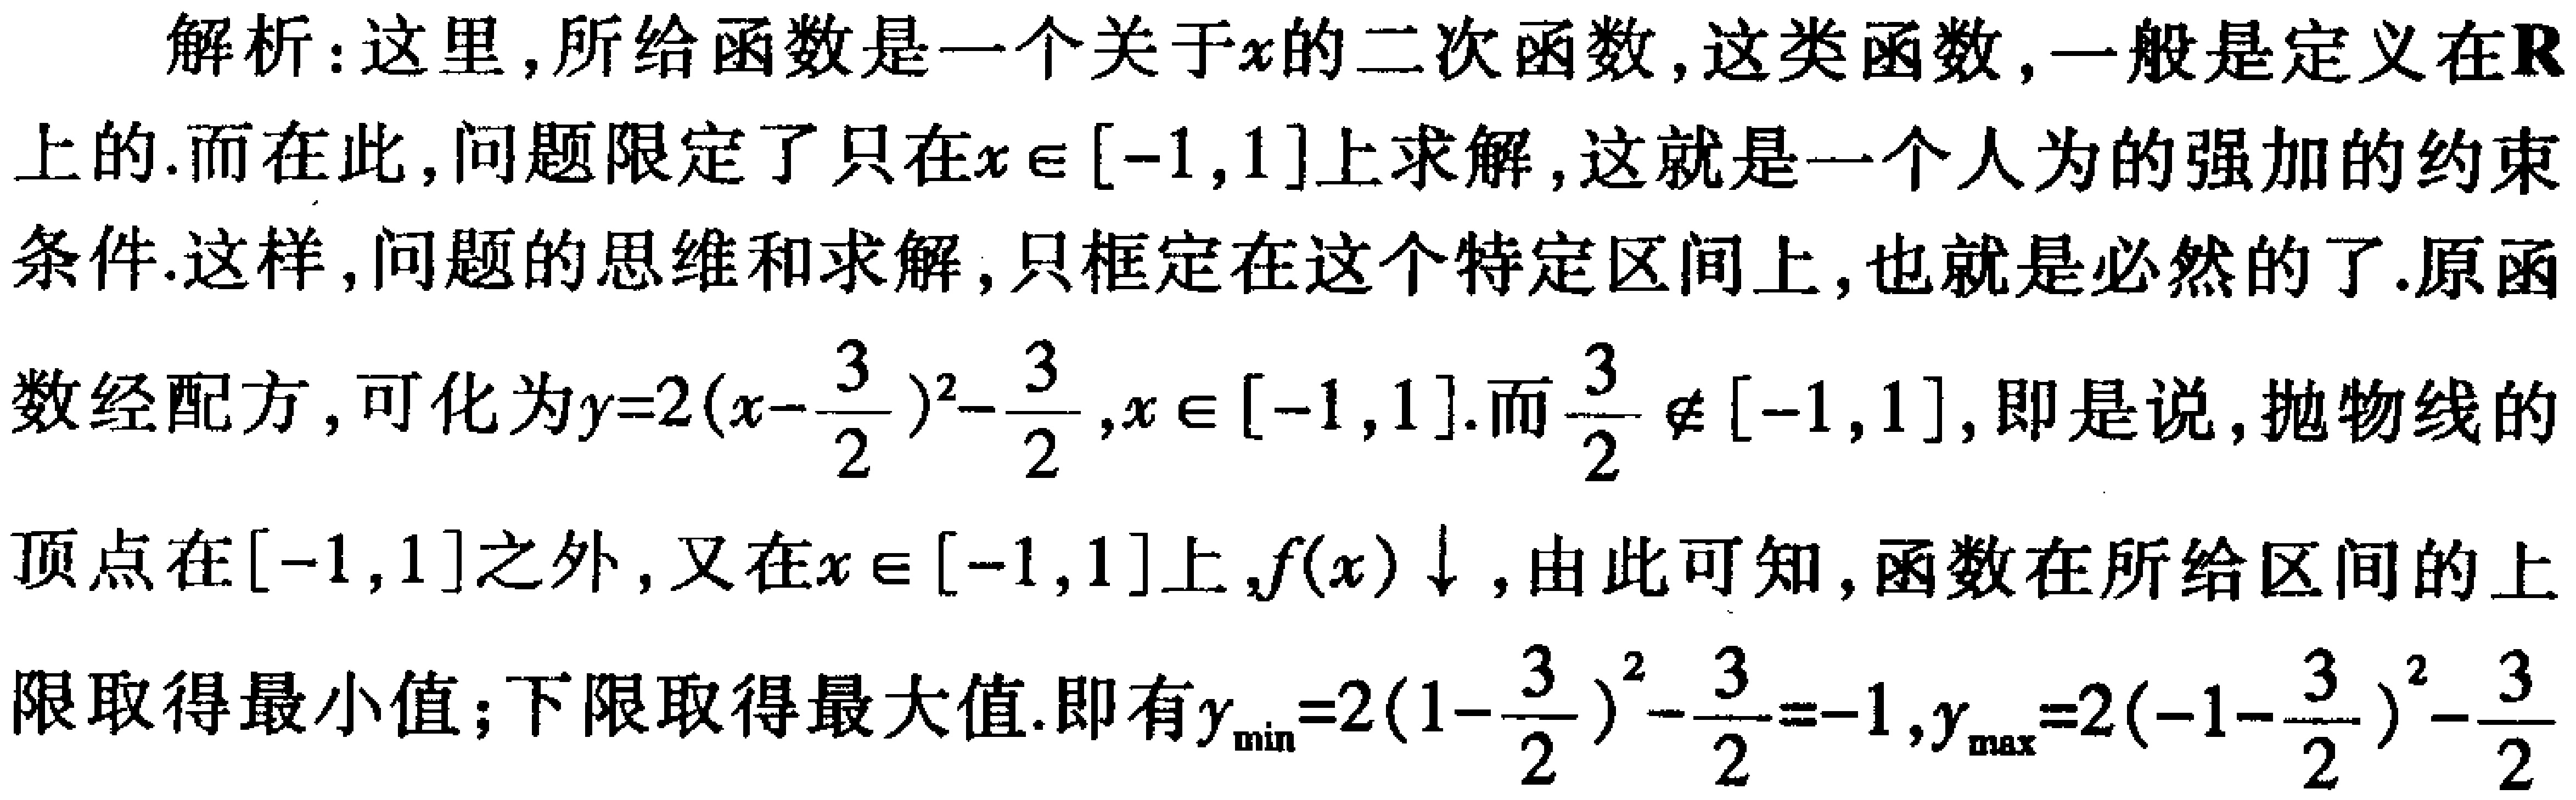
解析：这里，所给函数是一个关于\(x\)的二次函数，这类函数，一般是定义在\(\mathbf{R}\)上的.而在此，问题限定了只在\(x\in[-1,1]\)上求解，这就是一个人为的强加的约束条件.这样，问题的思维和求解，只框定在这个特定区间上，也就是必然的了.原函数经配方，可化为\(y = 2(x - \frac{3}{2})^2 - \frac{3}{2},x\in[-1,1]\).而\(\frac{3}{2}\notin[-1,1]\)，即是说，抛物线的顶点在\([-1,1]\)之外，又在\(x\in[-1,1]\)上，\(f(x)\downarrow\)，由此可知，函数在所给区间的上限取得最小值；下限取得最大值.即有\(y_{\min}=2(1 - \frac{3}{2})^2 - \frac{3}{2} = - 1,y_{\max}=2(-1 - \frac{3}{2})^2 - \frac{3}{2}\)